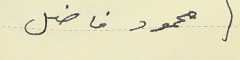
محمود فاضل